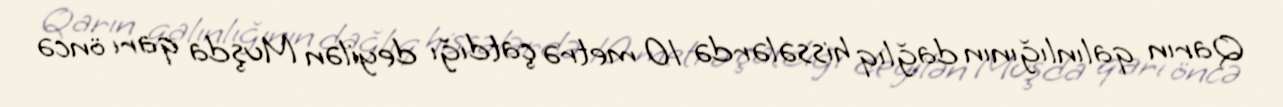
Qarın qalınlığının dağlıq hissələrdə 10 metrə çatdığı deyilən Muşda qarı öncə